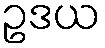
ဥဒယ